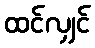
ထင်လျှင်